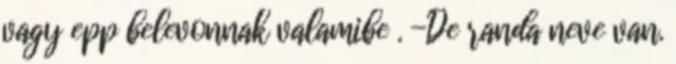
vagy epp belevonnak valamibe . -De randa neve van.